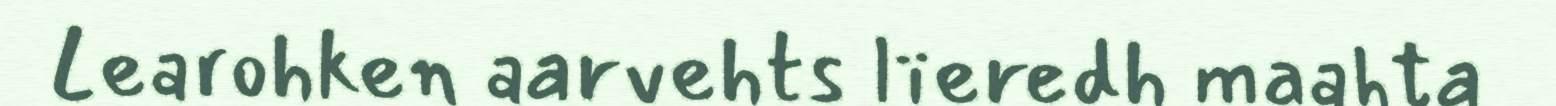
Learohken aarvehts lïeredh maahta